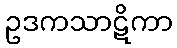
ဥဒကသာဋိကာ